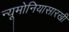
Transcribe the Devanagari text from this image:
न्यूमोनियासारखी